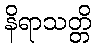
နိရာသတ္တိ